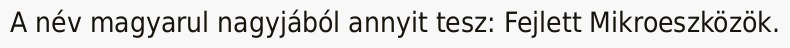
A név magyarul nagyjából annyit tesz: Fejlett Mikroeszközök.